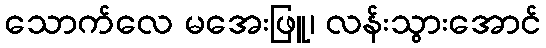
သောက်လေ မအေးဖြူ၊ လန်းသွားအောင်